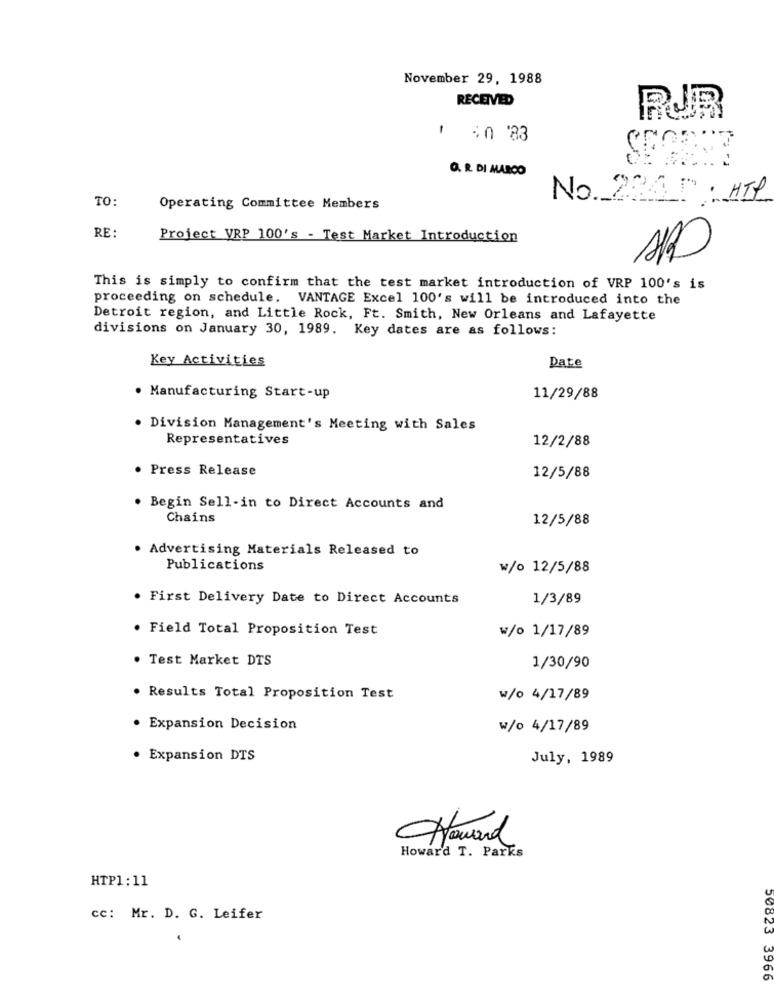
November 29, 1988
RECEIVED
1 50 83
O. R. DI MARCO
TO:
No. 224 0 : ATP
Operating Committee Members
RE:
Project VRP 100's - Test Market Introduction
This is simply to confirm that the test market introduction of VRP 100's is
proceeding on schedule. VANTAGE Excel 100's will be introduced into the
Detroit region, and Little Rock, Ft. Smith, New Orleans and Lafayette
divisions on January 30, 1989. Key dates are as follows:
Key Activities
Date
. Manufacturing Start-up
11/29/88
. Division Management's Meeting with Sales
Representatives
12/2/88
. Press Release
12/5/88
. Begin Sell-in to Direct Accounts and
Chains
12/5/88
. Advertising Materials Released to
Publications
w/o 12/5/88
. First Delivery Date to Direct Accounts
1/3/89
. Field Total Proposition Test
w/o 1/17/89
. Test Market DTS
1/30/90
. Results Total Proposition Test
w/0 4/17/89
· Expansion Decision
w/0 4/17/89
· Expansion DTS
July, 1989
Howard
Howar'd T. Parks
HTP1: 11
cc: Mr. D. G. Leifer
50823 3966